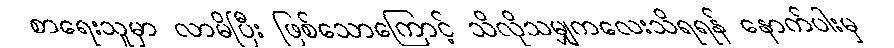
စာရေးသူမှာ လာမိပြီး ဖြစ်သောကြောင့် သိလိုသမျှကလေးသိရရန် နောက်ပါးမှ